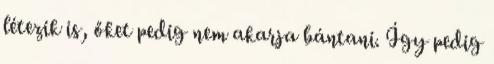
létezik is, őket pedig nem akarja bántani. Így pedig